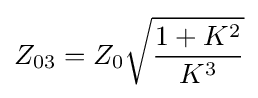
Z_{03}=Z_{0}{\sqrt {\frac {1+K^{2}}{K^{3}}}}